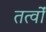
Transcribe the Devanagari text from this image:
तत्वोंं